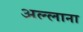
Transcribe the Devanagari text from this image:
अल्लाना